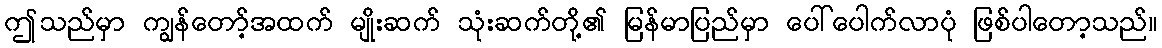
ဤသည်မှာ ကျွန်တော့်အထက် မျိုးဆက် သုံးဆက်တို့၏ မြန်မာပြည်မှာ ပေါ်ပေါက်လာပုံ ဖြစ်ပါတော့သည်။